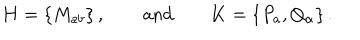
{ \bf H } = \{ M _ { a b } \} \, , \qquad \mathrm { a n d } \qquad { \bf K } = \{ P _ { a } , Q _ { \alpha } \} \, .